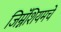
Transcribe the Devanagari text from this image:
जिम्नॅशियमचे